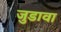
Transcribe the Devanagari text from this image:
जुडावा